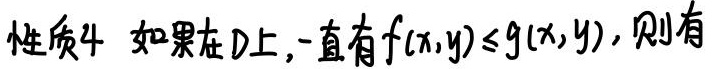
性质4 如果在$D$上，一直有$f(x,y)\leq g(x,y)$，则有